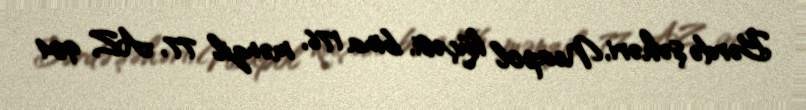
Bərdə şəhəri, Neapol küçəsi, bina 176, mənzil 77, AZ 904